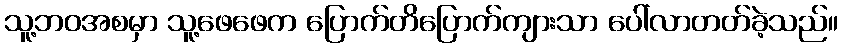
သူ့ဘဝအစမှာ သူ့ဖေဖေက ပြောက်တိပြောက်ကျားသာ ပေါ်လာတတ်ခဲ့သည်။